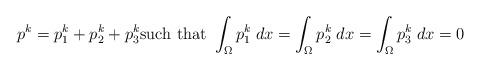
LaTeX: \begin{align*}p^k=p_1^k+p_2^k+p_3^k \textrm{such that }\int_{\Omega} p_1^k \; dx=\int_{\Omega} p_2^k \; dx=\int_{\Omega} p_3^k \; dx=0 \end{align*}